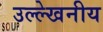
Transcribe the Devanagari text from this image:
उल्‍ल्‍ेखनीय